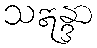
သဣန္ဒာ